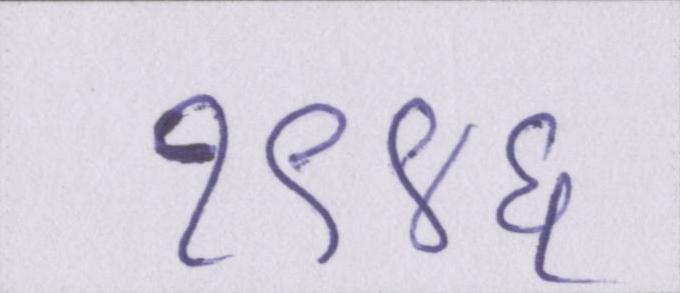
१९४६